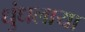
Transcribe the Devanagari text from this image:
धुंधलाया